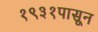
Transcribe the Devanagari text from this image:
१९३१पासून